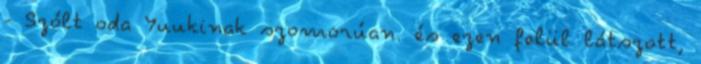
- Szólt oda Yuukinak szomorúan. és ezen felül látszott,